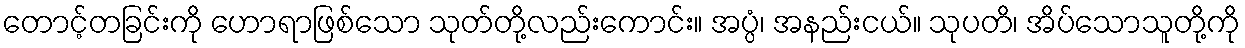
တောင့်တခြင်းကို ဟောရာဖြစ်သော သုတ်တို့လည်းကောင်း။ အပ္ပံ၊ အနည်းငယ်။ သုပတိ၊ အိပ်သောသူတို့ကို